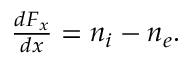
\begin{array} { r } { \frac { d F _ { x } } { d x } = n _ { i } - n _ { e } . } \end{array}